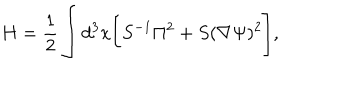
LaTeX: H = \frac { 1 } { 2 } \int d ^ { 3 } x \Biggl [ S ^ { - 1 } \Pi ^ { 2 } + S ( \nabla \Psi ) ^ { 2 } \Biggr ] ,